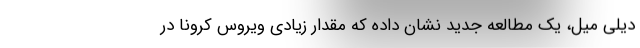
دیلی میل، یک مطالعه جدید نشان داده که مقدار زیادی ویروس‌ کرونا در